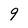
Character: 9